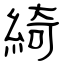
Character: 綺